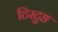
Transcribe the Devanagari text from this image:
टिस्टुङ